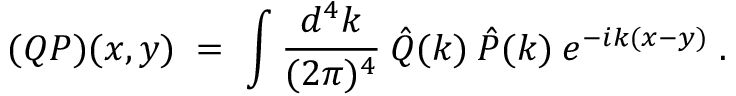
( Q P ) ( x , y ) \; = \; \int \frac { d ^ { 4 } k } { ( 2 \pi ) ^ { 4 } } \: \hat { Q } ( k ) \: \hat { P } ( k ) \: e ^ { - i k ( x - y ) } \; .